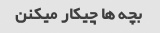
بچه ها چیکار میکنن